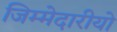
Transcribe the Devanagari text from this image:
जिम्मेदारीयो